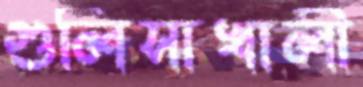
গুলিসাখালী